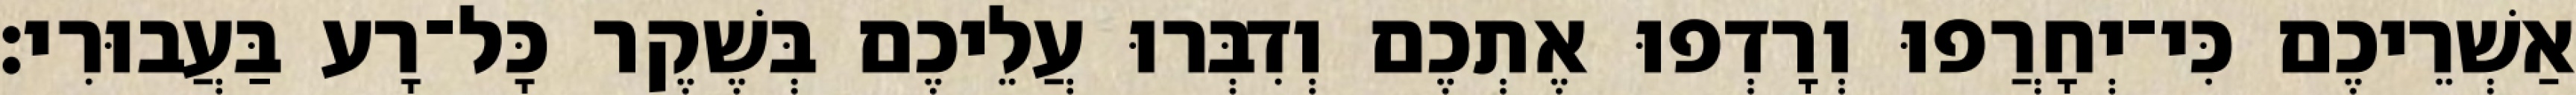
אַשְׁרֵיכֶם כִּי־יְחָרֲפוּ וְרָדְפוּ אֶתְכֶם וְדִבְּרוּ עֲלֵיכֶם בְּשֶׁקֶר כָּל־רָע בַּעֲבוּרִי׃